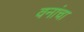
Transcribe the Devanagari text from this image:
वनांचा